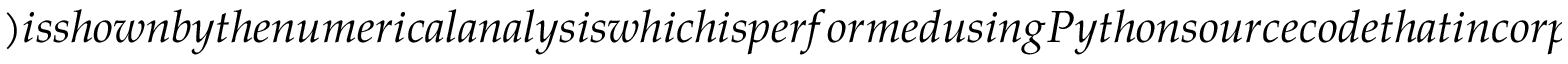
) i s s h o w n b y t h e n u m e r i c a l a n a l y s i s w h i c h i s p e r f o r m e d u s i n g P y t h o n s o u r c e c o d e t h a t i n c o r p o r a t e s t h e g r o w i n g - d o m a i n e f f e c t s i n a g e n e r a l r e a c t i o n - d i f f u s i o n s y s t e m , p a t t e r n d i s p e r s i o n i s n o t c o n f i r m e d b y t h e n u m e r i c a l s o l u t i o n s o f t h e s y s t e m (